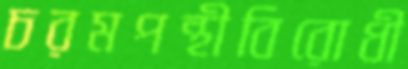
চরমপন্থীবিরোধী